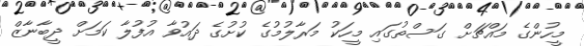
މީހުންގެ މައްޗަށް ގަސްތުގައި މީހަކު މަރާލުމުގެ ކުށުގެ ދައުވާ އުފުލާ ކަމަށް ދީބާނާޒް